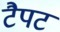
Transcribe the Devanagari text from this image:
टैपट